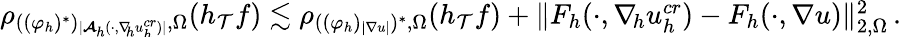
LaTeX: \begin{array}{r}{\begin{array}{r}{\rho_{((\varphi_{h})^{*})_{\smash{\vert\boldsymbol{\mathcal{A}}_{h}(\cdot,\nabla_{\! h}u_{h}^{\textit{cr}})\vert}},\Omega}(h_{\mathcal{T}}f)\lesssim\rho_{((\varphi_{h})_{\smash{\vert\nabla u\vert}})^{*},\Omega}(h_{\mathcal{T}}f)+\| F_{h}(\cdot,\nabla_{\! h}u_{h}^{\textit{cr}})-F_{h}(\cdot,\nabla u)\| _{2,\Omega}^{2}\, .}\end{array}}\end{array}